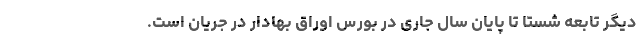
دیگر تابعه شستا تا پایان سال جاری در بورس اوراق بهادار در جریان است.